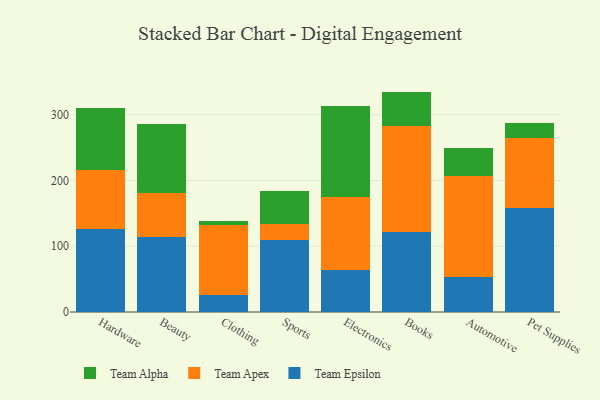
{"axis": {"x": "Category", "y": "Demand Index"}, "legend": ["Team Alpha", "Team Apex", "Team Epsilon"], "data": [{"x": "Hardware", "y": 126.3, "type": "Team Epsilon"}, {"x": "Hardware", "y": 89.8, "type": "Team Apex"}, {"x": "Hardware", "y": 94.5, "type": "Team Alpha"}, {"x": "Beauty", "y": 113.8, "type": "Team Epsilon"}, {"x": "Beauty", "y": 66.7, "type": "Team Apex"}, {"x": "Beauty", "y": 105.5, "type": "Team Alpha"}, {"x": "Clothing", "y": 25.8, "type": "Team Epsilon"}, {"x": "Clothing", "y": 106.5, "type": "Team Apex"}, {"x": "Clothing", "y": 5.6, "type": "Team Alpha"}, {"x": "Sports", "y": 109.0, "type": "Team Epsilon"}, {"x": "Sports", "y": 25.0, "type": "Team Apex"}, {"x": "Sports", "y": 50.3, "type": "Team Alpha"}, {"x": "Electronics", "y": 63.6, "type": "Team Epsilon"}, {"x": "Electronics", "y": 110.9, "type": "Team Apex"}, {"x": "Electronics", "y": 139.2, "type": "Team Alpha"}, {"x": "Books", "y": 121.2, "type": "Team Epsilon"}, {"x": "Books", "y": 161.8, "type": "Team Apex"}, {"x": "Books", "y": 52.1, "type": "Team Alpha"}, {"x": "Automotive", "y": 53.8, "type": "Team Epsilon"}, {"x": "Automotive", "y": 153.2, "type": "Team Apex"}, {"x": "Automotive", "y": 42.2, "type": "Team Alpha"}, {"x": "Pet Supplies", "y": 157.7, "type": "Team Epsilon"}, {"x": "Pet Supplies", "y": 106.2, "type": "Team Apex"}, {"x": "Pet Supplies", "y": 23.8, "type": "Team Alpha"}]}